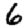
Digit: 6